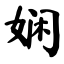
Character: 娴